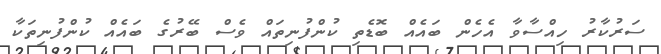
ސަރުކާރު ހިއްސާވާ އެހެން ބައެއް ބޮޑެތި ކުންފުނިތައް ވެސް ބޭރުގެ ބައެއް ކުންފުނިތަކާ